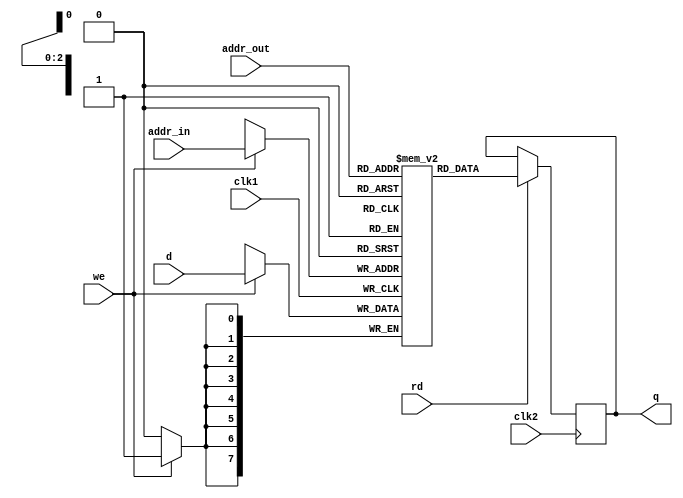
module ram_dual(q,addr_in,addr_out,d,we,rd,clk1,clk2);
 output [7:0]q;// output data
 input [7:0] d; // input data
 input [2:0] addr_in; //write data address signal
 input [2:0] addr_out; //output data address signal
 input we; //  write data control signal
 input rd; //read data control signal
 input clk1; // write data clock
 input clk2;//read data clock
 reg [7:0]q;
 reg [7:0] mem [7:0];// 8*8bit register
  always@(posedge clk1)
   begin
    if(we)
    mem[addr_in]<=d;
   end
  always@(posedge clk2)
   begin
    if(rd)
    q<=mem[addr_out];
   end
 endmodule